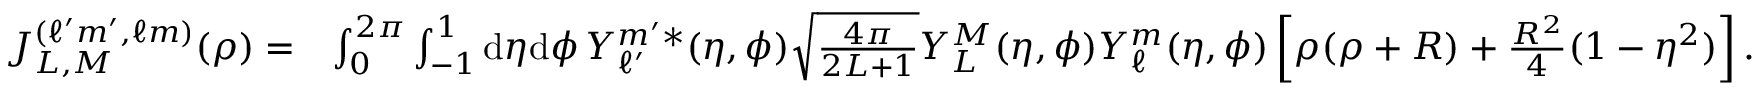
\begin{array} { r l } { J _ { L , M } ^ { ( \ell ^ { \prime } m ^ { \prime } , \ell m ) } ( \rho ) = } & { \int _ { 0 } ^ { 2 \pi } \int _ { - 1 } ^ { 1 } \mathrm { d } \eta \mathrm { d } \phi \, Y _ { \ell ^ { \prime } } ^ { m ^ { \prime } * } ( \eta , \phi ) \sqrt { \frac { 4 \pi } { 2 L + 1 } } Y _ { L } ^ { M } ( \eta , \phi ) Y _ { \ell } ^ { m } ( \eta , \phi ) \left[ \rho ( \rho + R ) + \frac { R ^ { 2 } } { 4 } ( 1 - \eta ^ { 2 } ) \right] . } \end{array}